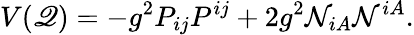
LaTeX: V(\mathscr{Q})=-g^{2}P_{ij}P^{ij}+2g^{2}\mathcal{N}_{iA}\mathcal{N}^{iA}.